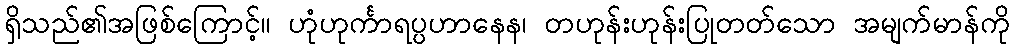
ရှိသည်၏အဖြစ်ကြောင့်။ ဟုံဟုင်္ကာရပ္ပဟာနေန၊ တဟုန်းဟုန်းပြုတတ်သော အမျက်မာန်ကို